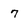
Character: 7